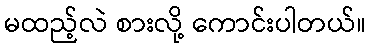
မထည့်လဲ စားလို့ ကောင်းပါတယ်။